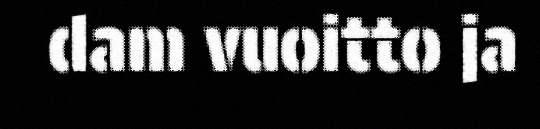
dam vuoitto ja